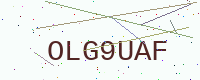
Text: OLG9UAF